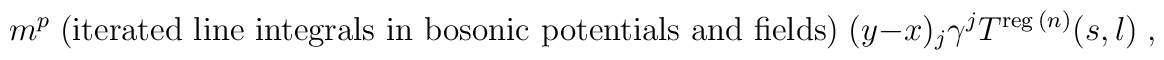
m^p \;{\mbox{(iterated line integrals in bosonic potentials and fields)}}\; (y-x)_j \gamma^j \:T^{\mbox{\scriptsize{reg}}\:(n)}(s,l)\;,